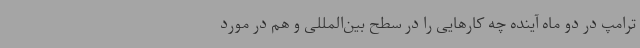
ترامپ در دو ماه آینده چه کارهایی را در سطح بین‌المللی و هم در مورد